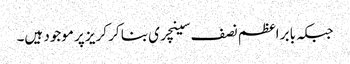
جبکہ بابر اعظم نصف سینچری بنا کر کریز پر موجود ہیں۔